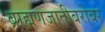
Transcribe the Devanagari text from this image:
ब्राह्मणजातीबरोबर